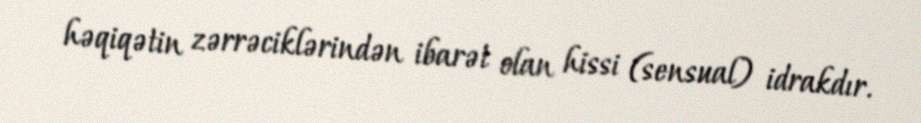
həqiqətin zərrəciklərindən ibarət olan hissi (sensual) idrakdır.